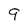
Character: 9